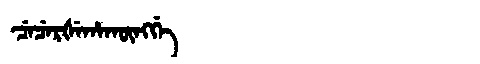
Manchu: ᠴᡝᠴᡝᡵᡧᡝᡥᠠᡴᡡᠩᡤᡝ
Romanization: CECERŠEHAKŪNGGE